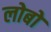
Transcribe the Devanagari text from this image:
लोबों